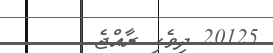
20125 ދިވެހި ރާއްޖެ